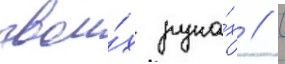
свои́х рука́х // С